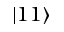
| 1 1 \rangle